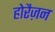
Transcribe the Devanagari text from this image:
होरैज़न